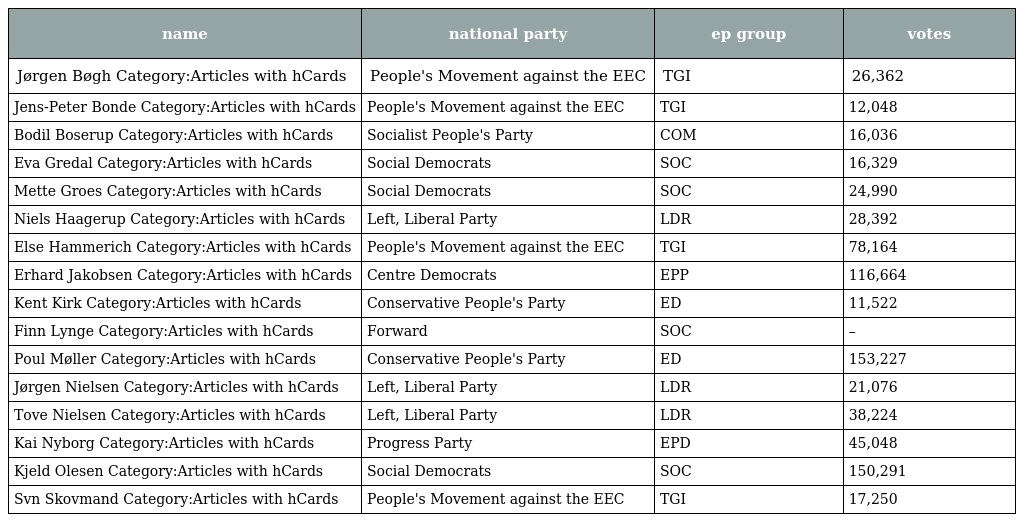
| name | national party | ep group | votes |
 | --- | --- | --- | --- |
 | Jørgen Bøgh Category:Articles with hCards | People's Movement against the EEC | TGI | 26,362 |
 | Jens-Peter Bonde Category:Articles with hCards | People's Movement against the EEC | TGI | 12,048 |
 | Bodil Boserup Category:Articles with hCards | Socialist People's Party | COM | 16,036 |
 | Eva Gredal Category:Articles with hCards | Social Democrats | SOC | 16,329 |
 | Mette Groes Category:Articles with hCards | Social Democrats | SOC | 24,990 |
 | Niels Haagerup Category:Articles with hCards | Left, Liberal Party | LDR | 28,392 |
 | Else Hammerich Category:Articles with hCards | People's Movement against the EEC | TGI | 78,164 |
 | Erhard Jakobsen Category:Articles with hCards | Centre Democrats | EPP | 116,664 |
 | Kent Kirk Category:Articles with hCards | Conservative People's Party | ED | 11,522 |
 | Finn Lynge Category:Articles with hCards | Forward | SOC | – |
 | Poul Møller Category:Articles with hCards | Conservative People's Party | ED | 153,227 |
 | Jørgen Nielsen Category:Articles with hCards | Left, Liberal Party | LDR | 21,076 |
 | Tove Nielsen Category:Articles with hCards | Left, Liberal Party | LDR | 38,224 |
 | Kai Nyborg Category:Articles with hCards | Progress Party | EPD | 45,048 |
 | Kjeld Olesen Category:Articles with hCards | Social Democrats | SOC | 150,291 |
 | Svn Skovmand Category:Articles with hCards | People's Movement against the EEC | TGI | 17,250 |